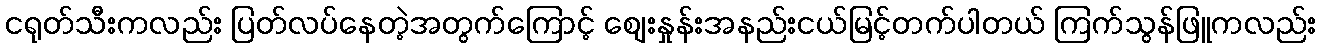
ငရုတ်သီးကလည်း ပြတ်လပ်နေတဲ့အတွက်ကြောင့် စျေးနှုန်းအနည်းငယ်မြင့်တက်ပါတယ် ကြက်သွန်ဖြူကလည်း